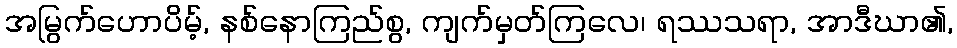
အမြွက်ဟောပိမ့်, နစ်နောကြည်စွ, ကျက်မှတ်ကြလေ၊ ရဿသရာ, အာဒီဃာ၏,